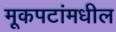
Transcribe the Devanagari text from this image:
मूकपटांमधील